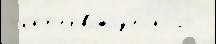
 инт'ервью́ з'ел'́ного